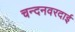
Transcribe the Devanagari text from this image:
चन्दनवरदाई